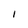
Character: I